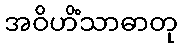
အဝိဟိံသာဓာတု